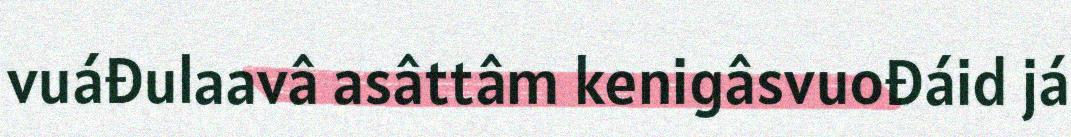
vuáđulaavâ asâttâm kenigâsvuođáid já